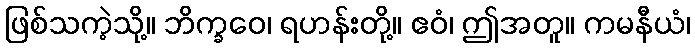
ဖြစ်သကဲ့သို့။ ဘိက္ခဝေ၊ ရဟန်းတို့။ ဧဝံ၊ ဤအတူ။ ကမနီယံ၊